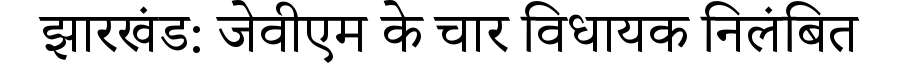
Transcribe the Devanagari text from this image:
झारखंड: जेवीएम के चार विधायक निलंबित